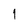
Character: 1